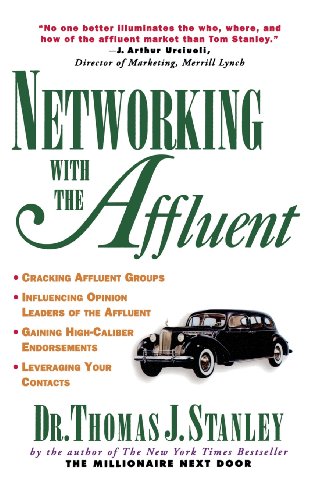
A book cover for Networking with the Affluent; Thomas J. Stanley; Business & Money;